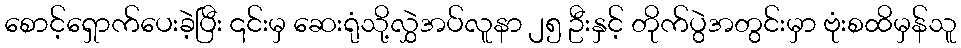
စောင့်ရှောက်ပေးခဲ့ပြီး ၎င်းမှ ဆေးရုံသို့လွှဲအပ်လူနာ ၂၅ ဦးနှင့် တိုက်ပွဲအတွင်းမှာ ဗုံးစထိမှန်သူ